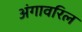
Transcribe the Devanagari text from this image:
अंगावरिल